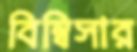
বিম্বিসার